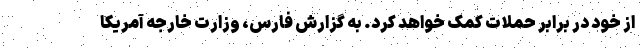
از خود در برابر حملات کمک خواهد کرد. به گزارش فارس، وزارت خارجه آمریکا